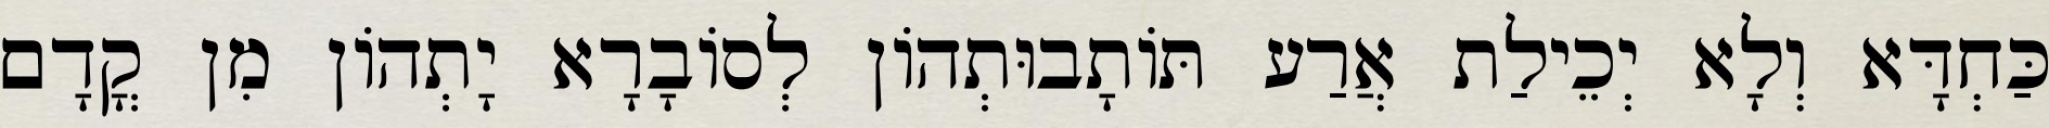
כַּחְדָּא וְלָא יְכֵילַת אֲרַע תּוֹתָבוּתְהוֹן לְסוֹבָרָא יָתְהוֹן מִן קֳדָם